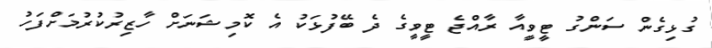
ގުޅިގެން ސަންގު ޓީވީއާ ރާއްޖެ ޓީވީގެ ދެ ބޭފުޅަކު އެ ކޮމިޝަނަށް ހާޒިރުކުރުމަށްފަހު